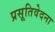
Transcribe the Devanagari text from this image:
प्रसूतिवेदना